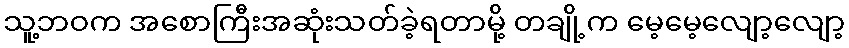
သူ့ဘဝက အစောကြီးအဆုံးသတ်ခဲ့ရတာမို့ တချို့က မေ့မေ့လျော့လျော့